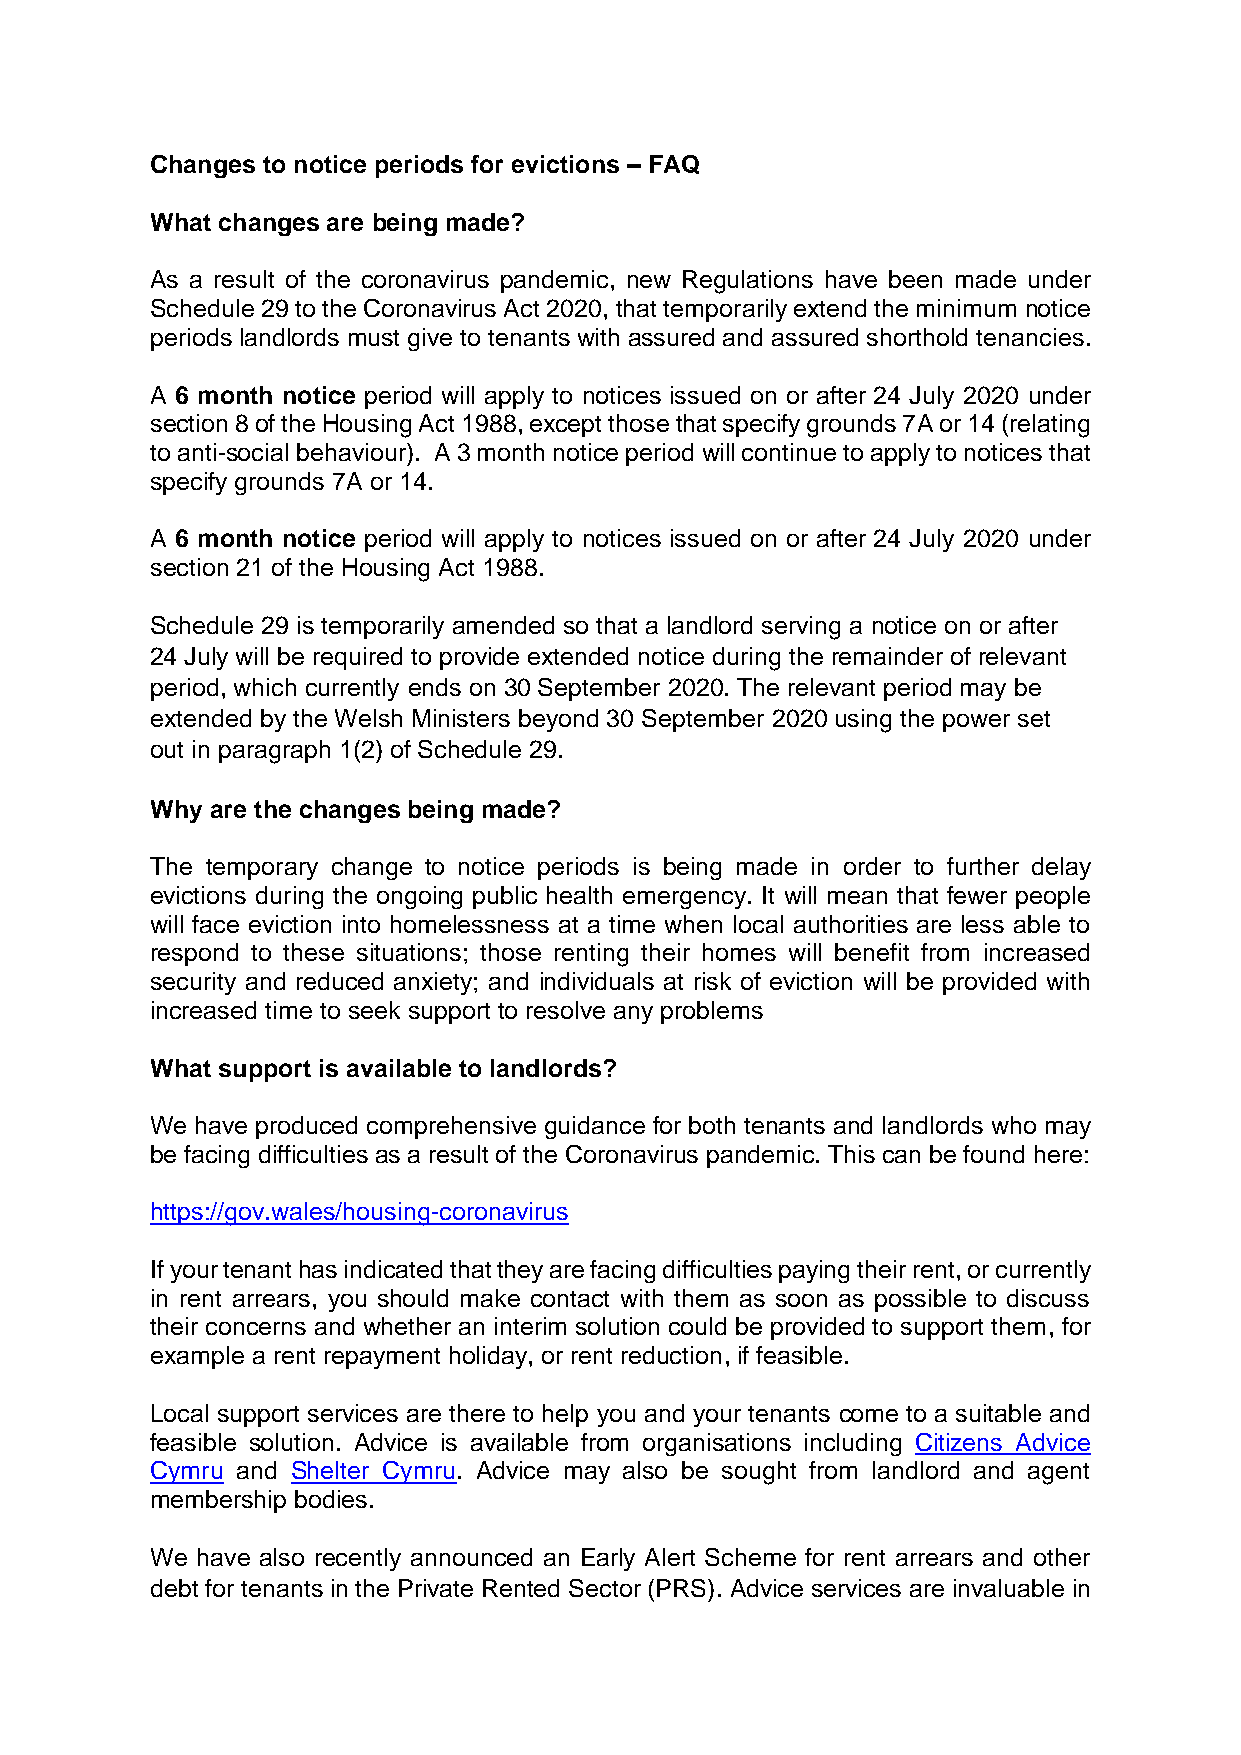
Changes to notice periods for evictions – FAQ
 What changes are being made?
 As a result of the coronavirus pandemic, new Regulations have been made under
 Schedule 29 to the Coronavirus Act 2020, that temporarily extend the minimum notice
 periods landlords must give to tenants with assured and assured shorthold tenancies.
 A 6 month notice period will apply to notices issued on or after 24 July 2020 under
 section 8 of the Housing Act 1988, except those that specify grounds 7A or 14 (relating
 to anti-social behaviour). A 3 month notice period will continue to apply to notices that
 specify grounds 7A or 14.
 A 6 month notice period will apply to notices issued on or after 24 July 2020 under
 section 21 of the Housing Act 1988.
 Schedule 29 is temporarily amended so that a landlord serving a notice on or after
 24 July will be required to provide extended notice during the remainder of relevant
 period, which currently ends on 30 September 2020. The relevant period may be
 extended by the Welsh Ministers beyond 30 September 2020 using the power set
 out in paragraph 1(2) of Schedule 29.
 Why are the changes being made?
 The temporary change to notice periods is being made in order to further delay
 evictions during the ongoing public health emergency. It will mean that fewer people
 will face eviction into homelessness at a time when local authorities are less able to
 respond to these situations; those renting their homes will benefit from increased
 security and reduced anxiety; and individuals at risk of eviction will be provided with
 increased time to seek support to resolve any problems
 What support is available to landlords?
 We have produced comprehensive guidance for both tenants and landlords who may
 be facing difficulties as a result of the Coronavirus pandemic. This can be found here:
 https://gov.wales/housing-coronavirus
 If your tenant has indicated that they are facing difficulties paying their rent, or currently
 in rent arrears, you should make contact with them as soon as possible to discuss
 their concerns and whether an interim solution could be provided to support them, for
 example a rent repayment holiday, or rent reduction, if feasible.
 Local support services are there to help you and your tenants come to a suitable and
 feasible solution. Advice is available from organisations including Citizens Advice
 Cymru and Shelter Cymru. Advice may also be sought from landlord and agent
 membership bodies.
 We have also recently announced an Early Alert Scheme for rent arrears and other
 debt for tenants in the Private Rented Sector (PRS). Advice services are invaluable in